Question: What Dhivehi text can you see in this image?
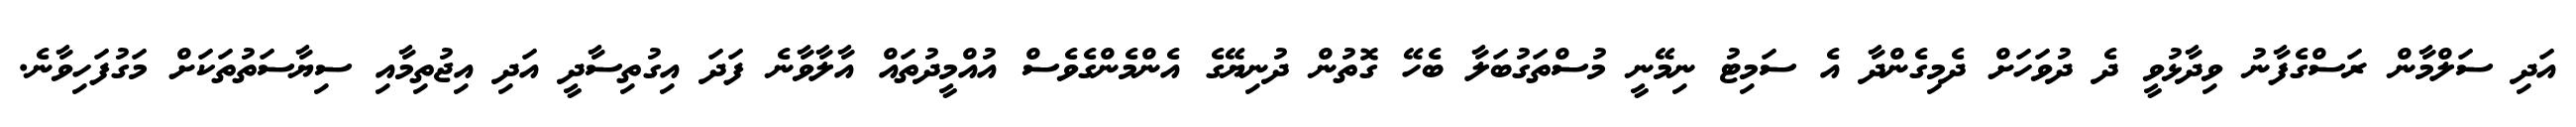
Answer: އަދި ސަލްމާން ރަސްގެފާނު ވިދާޅުވީ ދެ ދުވަހަށް ދެމިގެންދާ އެ ސަމިޓު ނިމޭނީ މުސްތަގުބަލާ ބެހޭ ގޮތުން ދުނިޔޭގެ އެންމެންގެވެސް އުއްމީދުތައް އާލާވާނެ ފަދަ އިގުތިސާދީ އަދި އިޖުތިމާއި ސިޔާސަތުތަކަށް މަގުފަހިވާނެ.